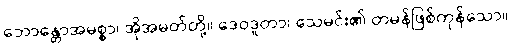
ဘောန္တောအမစ္စာ၊ အိုအမတ်တို့။ ဒေဝဒူတာ၊ သေမင်း၏ တမန်ဖြစ်ကုန်သော။